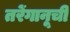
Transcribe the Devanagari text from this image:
तरेंगानूची